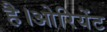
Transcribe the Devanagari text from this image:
है।ओरियेंट